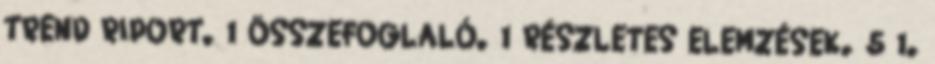
TREND RIPORT. 1 ÖSSZEFOGLALÓ. 1 RÉSZLETES ELEMZÉSEK. 5 1.